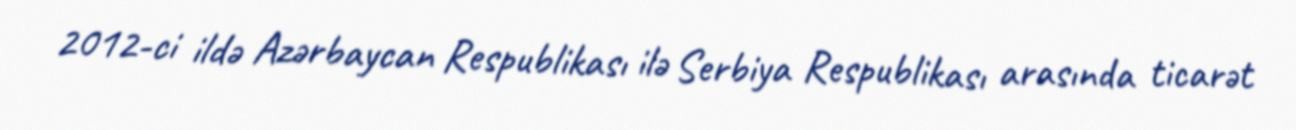
2012-ci ildə Azərbaycan Respublikası ilə Serbiya Respublikası arasında ticarət